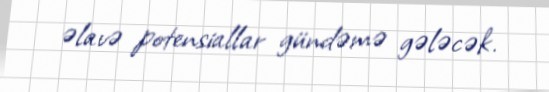
əlavə potensiallar gündəmə gələcək.